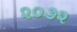
૨૦૭૨